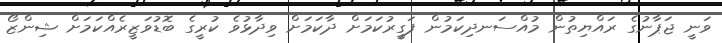
ވަނީ ޖަޕާނުގެ ރައްޔިތުން މުއްސަނދިކަމުން ފަގީރުކަމަށް ދާކަމަށް ވިދާޅުވެ ކުރީގެ ބޮޑުވަޒީރެއްކަމަށް ޝިންޒޯ